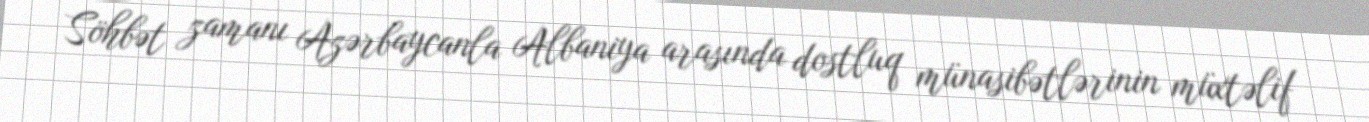
Söhbət zamanı Azərbaycanla Albaniya arasında dostluq münasibətlərinin müxtəlif